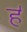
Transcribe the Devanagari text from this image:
ह॑